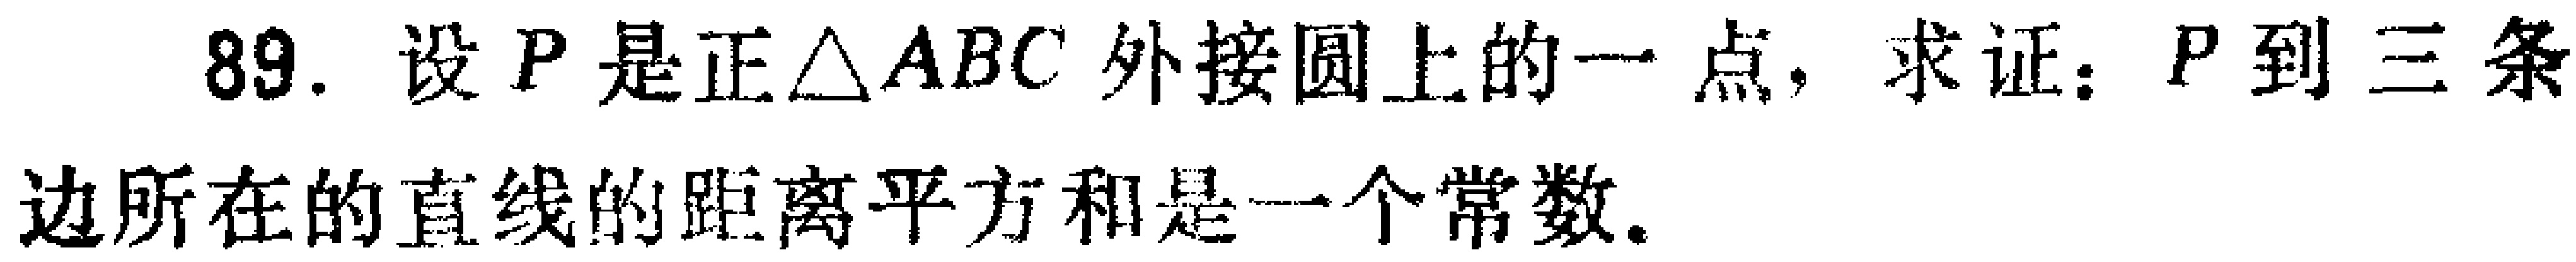
89. 设 \(P\) 是正\(\triangle ABC\) 外接圆上的一点，求证：\(P\) 到三条边所在的直线的距离平方和是一个常数.